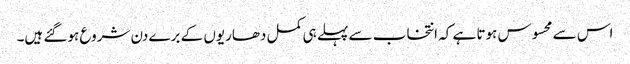
اس سے محسوس ہوتا ہے کہ انتخاب سے پہلے ہی کمل دھاریوں کے برے دن شروع ہوگئے ہیں۔